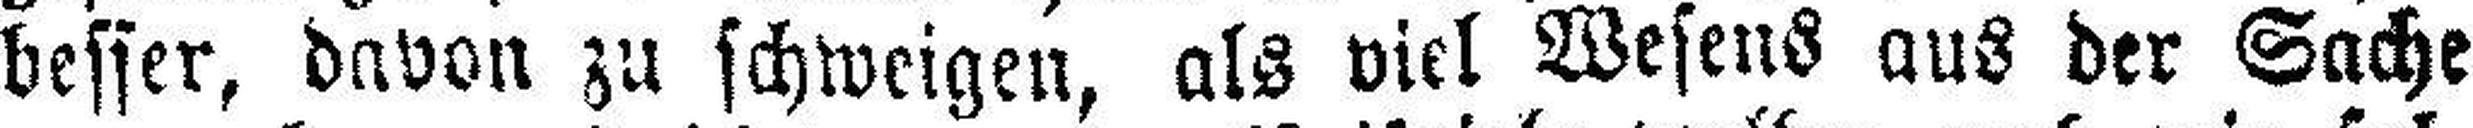
besser, davon zu schweigen, als viel Wesens aus der Sache